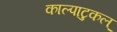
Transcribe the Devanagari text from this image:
काल्पाटुकल्